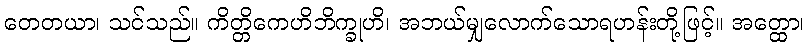
တေတယာ၊ သင်သည်။ ကိတ္တိကေဟိဘိက္ခုဟိ၊ အဘယ်မျှလောက်သောရဟန်းတို့ဖြင့်။ အတ္ထော၊